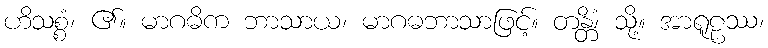
ဟိသစ္စံ၊ ၏။ မာဂဓိက ဘာသာယ၊ မာဂဓဘာသာဖြင့်။ တန္တိံ၊ သို့။ အာရူဠဿ၊